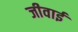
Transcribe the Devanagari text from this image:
जीवाई